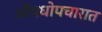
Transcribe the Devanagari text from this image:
औषधोपचारात